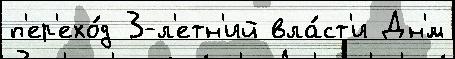
п'ер'ехо́д 3-л'етн'ий вла́ст'и Дн'́м